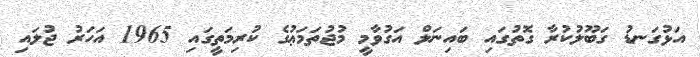
އަޅުގަނޑު ގަބޫލުކުރާ ގޮތުގައި ބައިނަލް އަގުވާމީ މުޖުތަމަޢުގެ ކުރިމަތީގައި 1965 އަހަރު ޖުލައި